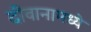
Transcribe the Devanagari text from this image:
दीवानामध्ये